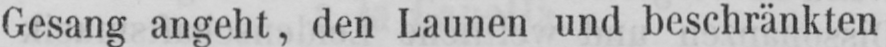
Gesang angeht, den Launen und beschränkten